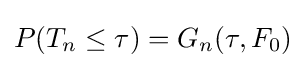
P(T_{n}\leq \tau )=G_{n}(\tau ,F_{0})